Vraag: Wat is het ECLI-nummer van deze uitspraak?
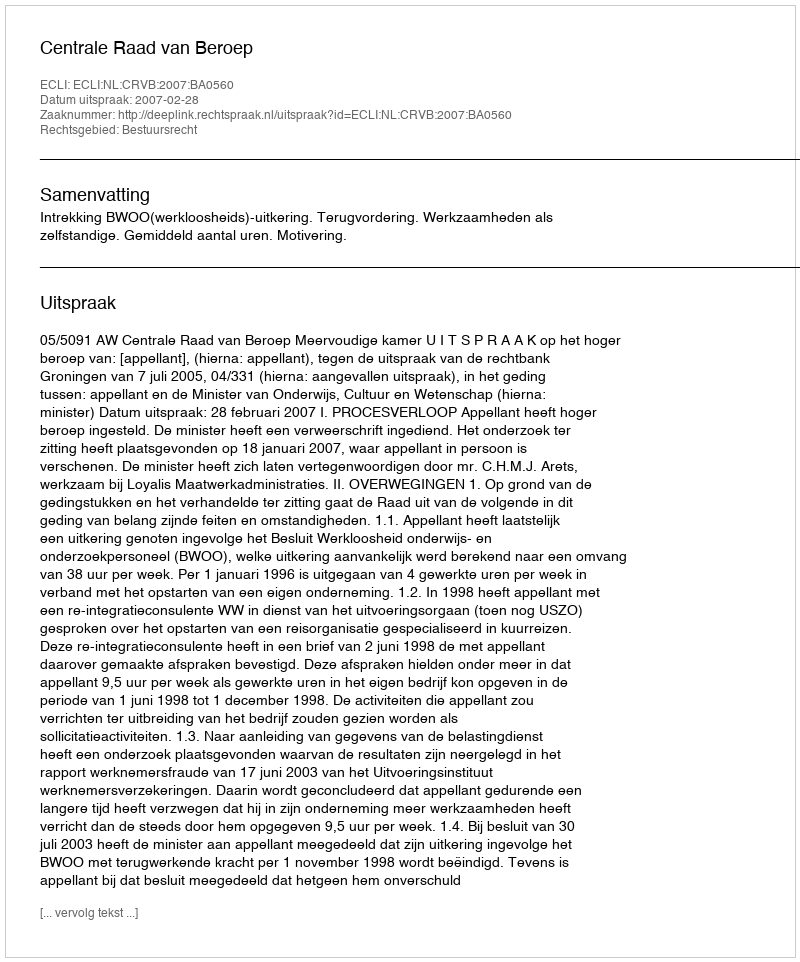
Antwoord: ECLI:NL:CRVB:2007:BA0560